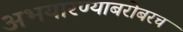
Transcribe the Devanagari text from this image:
अभयारण्याबरोबरच